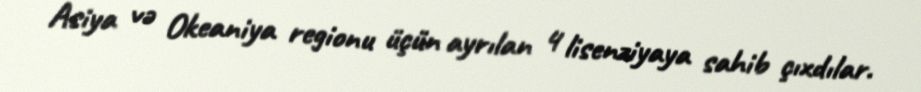
Asiya və Okeaniya regionu üçün ayrılan 4 lisenziyaya sahib çıxdılar.